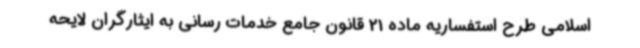
اسلامی طرح استفساریه ماده 21 قانون جامع خدمات رسانی به ایثارگران لایحه